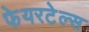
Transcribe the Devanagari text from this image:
फेयरटेल्स